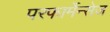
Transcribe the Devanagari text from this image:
परफार्मेन्सेज